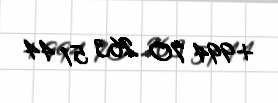
+994 70 263 51 44